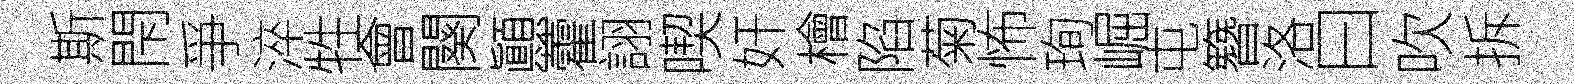
斯閇爭淬牲會闋顚藿詡喫奸檜陷菊怖珣崛屯簪洛曰吹拆